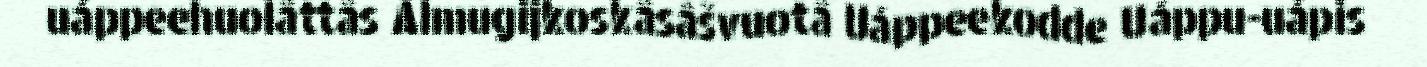
uáppeehuolâttâs Almugijkoskâsâšvuotâ Uáppeekodde Uáppu-uápis